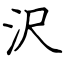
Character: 沢